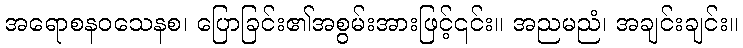
အရောစနဝသေနစ၊ ပြောခြင်း၏အစွမ်းအားဖြင့်၎င်း။ အညမညံ၊ အချင်းချင်း။